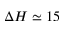
\Delta H \simeq 1 5